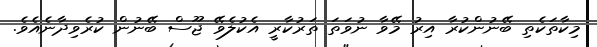
މިކާތަކެތި ބޭނުންކުރާ އިރު މޭވާ ނުވަތަ ތަރުކާރީ އެކުލެވޭ ޖޫސް ބޭނުން ކުރެވިދާނެއެވެ.